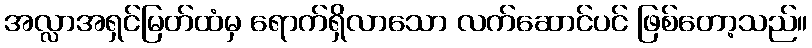
အလ္လာအရှင်မြတ်ထံမှ ရောက်ရှိလာသော လက်ဆောင်ပင် ဖြစ်တော့သည်။